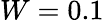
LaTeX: W=0.1